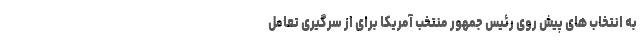
به انتخاب های پیش روی رئیس جمهور منتخب آمریکا برای از سرگیری تعامل